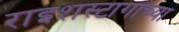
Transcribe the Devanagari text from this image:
राइशस्टागाच्या